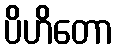
ပိဟိတော